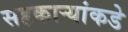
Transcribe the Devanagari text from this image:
सहकार्‍यांकडे